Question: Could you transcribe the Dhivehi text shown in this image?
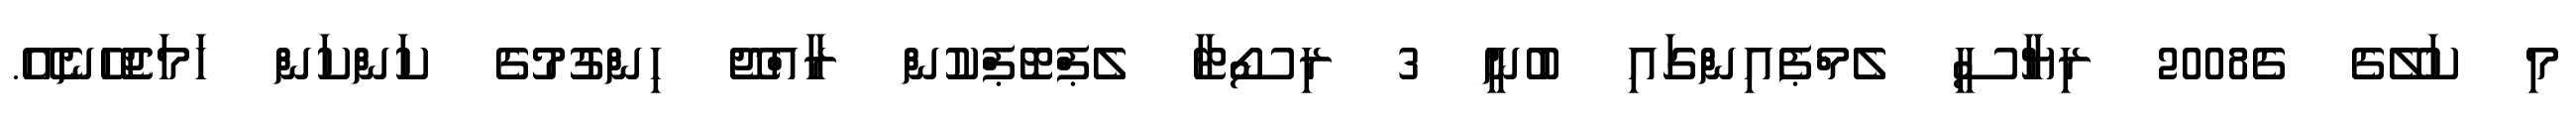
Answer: މި ކަލޭގެ ގެ2008 ރިޔާސީ ލެމްޕެއިންގައި ބުނީ 3 ރިސޯޓާ ލެޕްޓޮޕްކުން ރާއްޖޭ ހިންގުމުގެ ކަންކަން ހަމަޖެހޭނެއޭ.